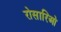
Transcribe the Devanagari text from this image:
रोसारिओ